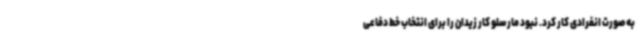
به صورت انفرادی کار کرد. نبود مارسلو کار زیدان را برای انتخاب خط دفاعی